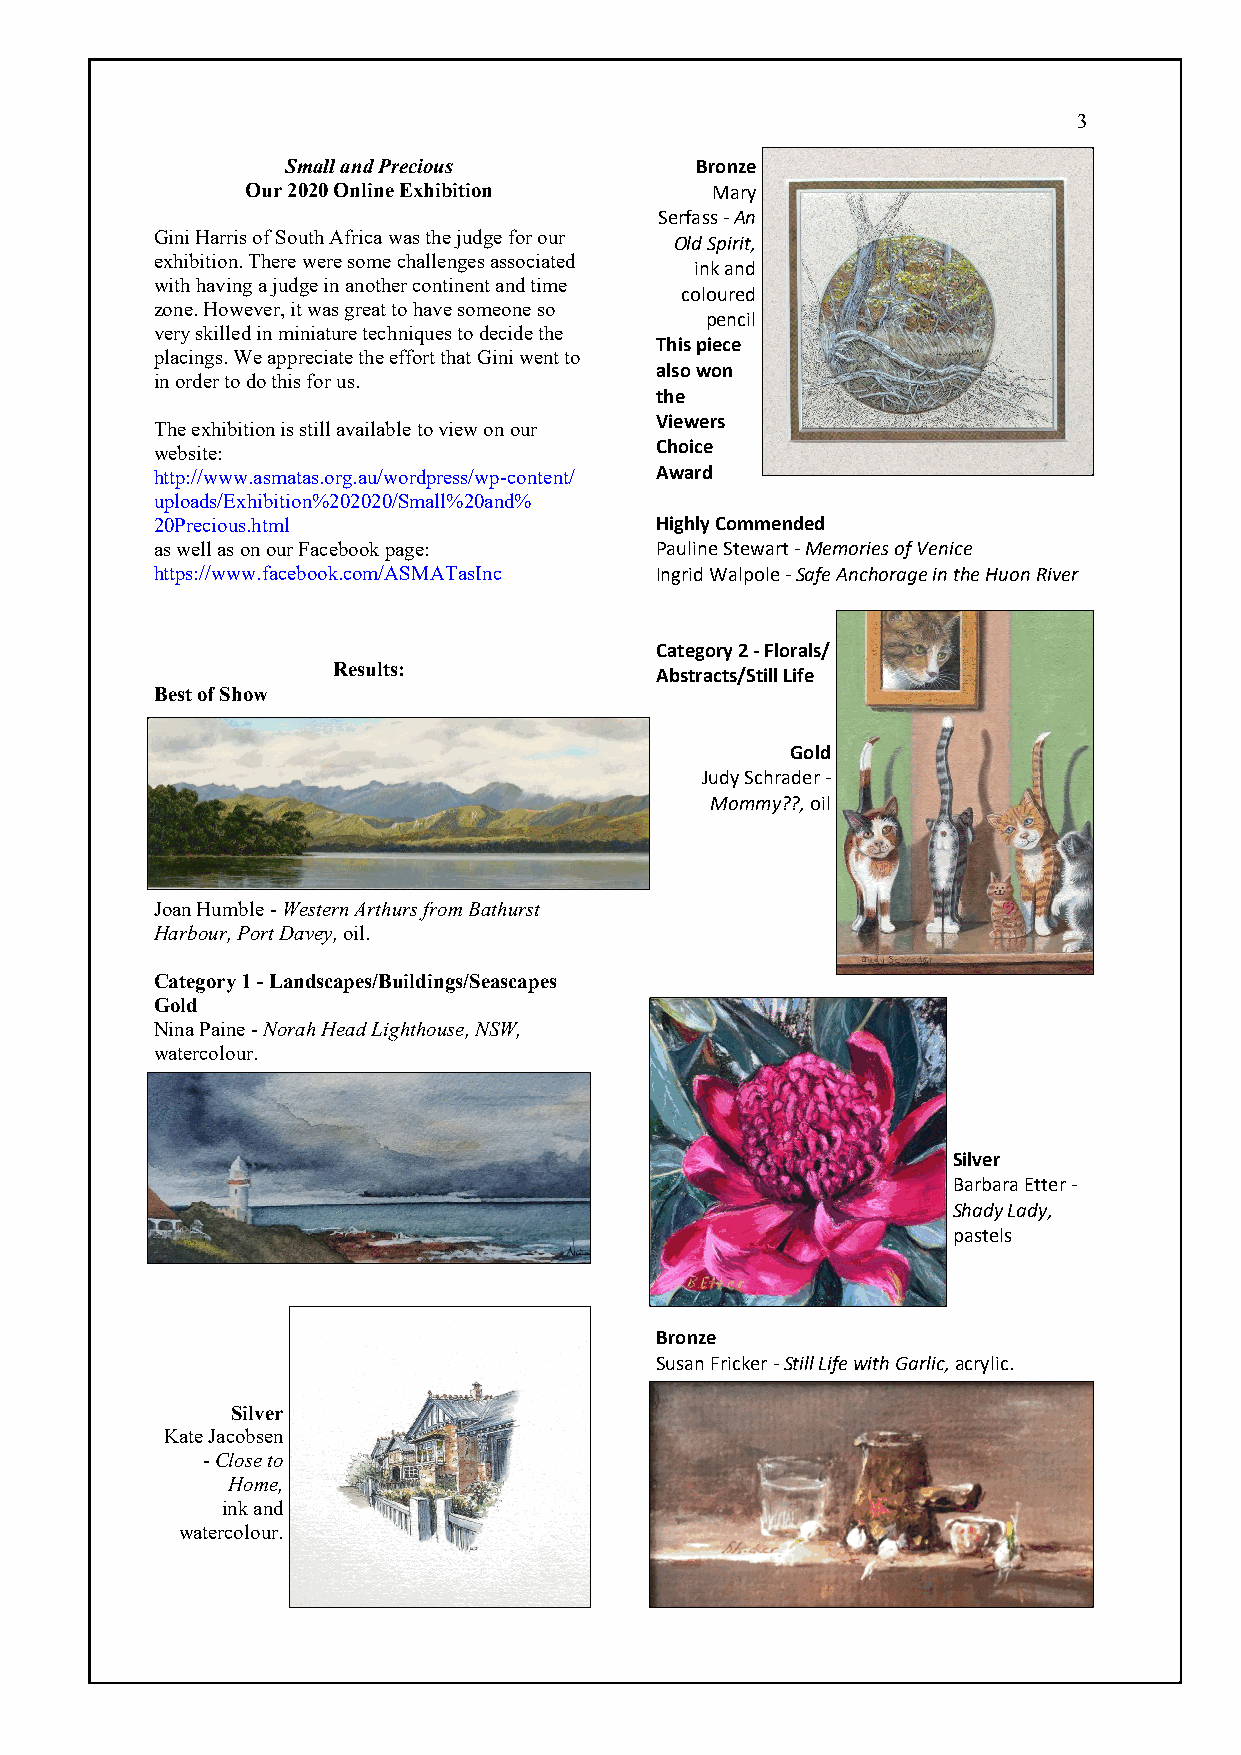
3
 Small and Precious         Bronze
 Our 2020 Online Exhibition     Mary
 Serfass - An
 Gini Harris of South Africa was the judge for our Old Spirit,
 exhibition. There were some challenges associated
 ink and
 with having a judge in another continent and time
 coloured
 zone. However, it was great to have someone so
 pencil
 very skilled in miniature techniques to decide the
 This piece
 placings. We appreciate the effort that Gini went to
 also won
 in order to do this for us.
 the
 Viewers
 The exhibition is still available to view on our
 Choice
 website:
 http://www.asmatas.org.au/wordpress/wp-content/ Award
 uploads/Exhibition%202020/Small%20and%
 20Precious.html                  Highly Commended
 as well as on our Facebook page: Pauline Stewart - Memories of Venice
 https://www.facebook.com/ASMATasInc Ingrid Walpole - Safe Anchorage in the Huon River
 Category 2 - Florals/
 Results:
 Abstracts/Still Life
 Best of Show
 Gold
 Judy Schrader -
 Mommy??, oil
 Joan Humble - Western Arthurs from Bathurst
 Harbour, Port Davey, oil.
 Category 1 - Landscapes/Buildings/Seascapes
 Gold
 Nina Paine - Norah Head Lighthouse, NSW,
 watercolour.
 Silver
 Barbara Etter -
 Shady Lady,
 pastels
 Bronze
 Susan Fricker - Still Life with Garlic, acrylic.
 Silver
 Kate Jacobsen
 - Close to
 Home,
 ink and
 watercolour.